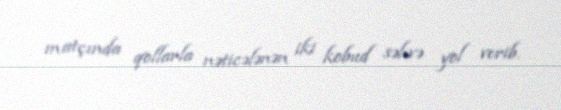
matçında qollarla nəticələnən iki kobud səhvə yol verib.